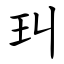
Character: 㺩